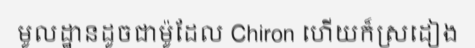
មូលដ្ឋានដូចជាម៉ូដែល Chiron ហើយក៏ស្រដៀង